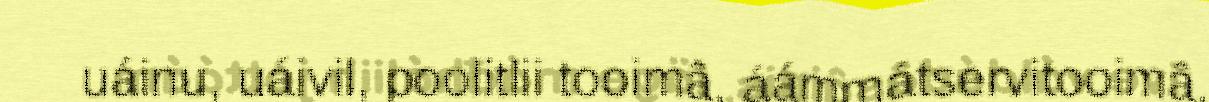
uáinu, uáivil, poolitlii tooimâ, áámmátservitooimâ,